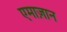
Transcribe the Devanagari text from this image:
एमाज़ान